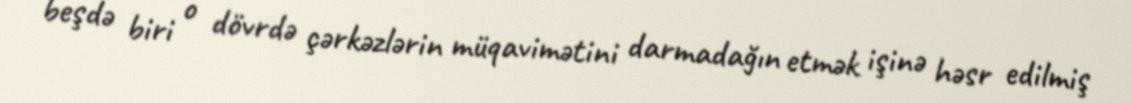
beşdə biri o dövrdə çərkəzlərin müqavimətini darmadağın etmək işinə həsr edilmiş